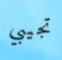
تجيبي